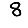
Digit: 8